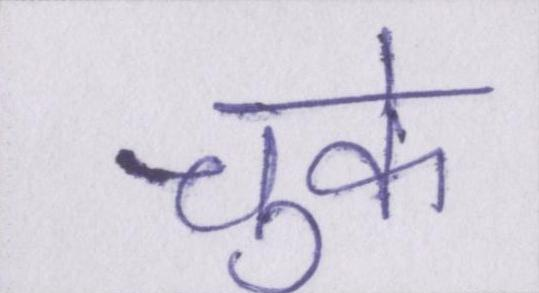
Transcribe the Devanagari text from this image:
चुके